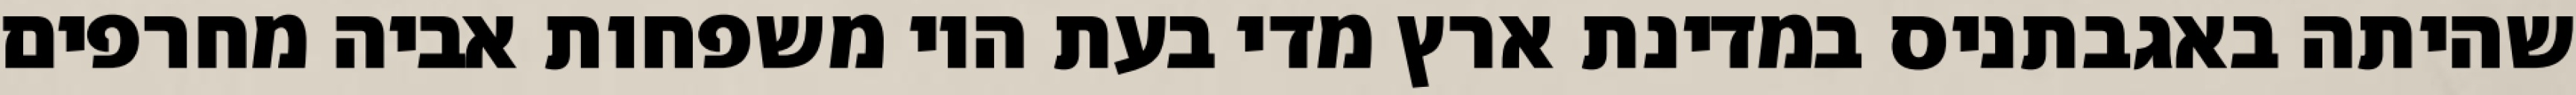
שהיתה באגבתניס במדינת ארץ מדי בעת היו משפחות אביה מחרפים